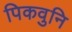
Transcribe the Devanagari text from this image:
पिकवुनि